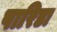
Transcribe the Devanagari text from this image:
पारिडा